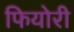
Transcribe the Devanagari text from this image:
फियोरी